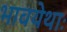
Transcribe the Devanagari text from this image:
भावयेथाः